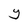
Character: Y